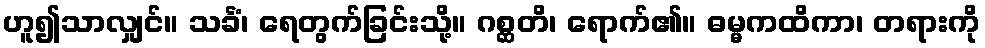
ဟူ၍သာလျှင်။ သင်္ခံ၊ ရေတွက်ခြင်းသို့။ ဂစ္ဆတိ၊ ရောက်၏။ ဓမ္မကထိကာ၊ တရားကို